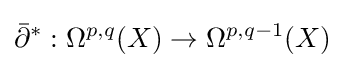
{\bar {\partial }}^{*}:\Omega ^{p,q}(X)\to \Omega ^{p,q-1}(X)